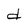
Character: d